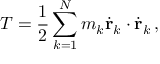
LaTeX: T = { \frac { 1 } { 2 } } \sum _ { k = 1 } ^ { N } m _ { k } { \dot { \mathbf { r } } } _ { k } \cdot { \dot { \mathbf { r } } } _ { k } \, ,